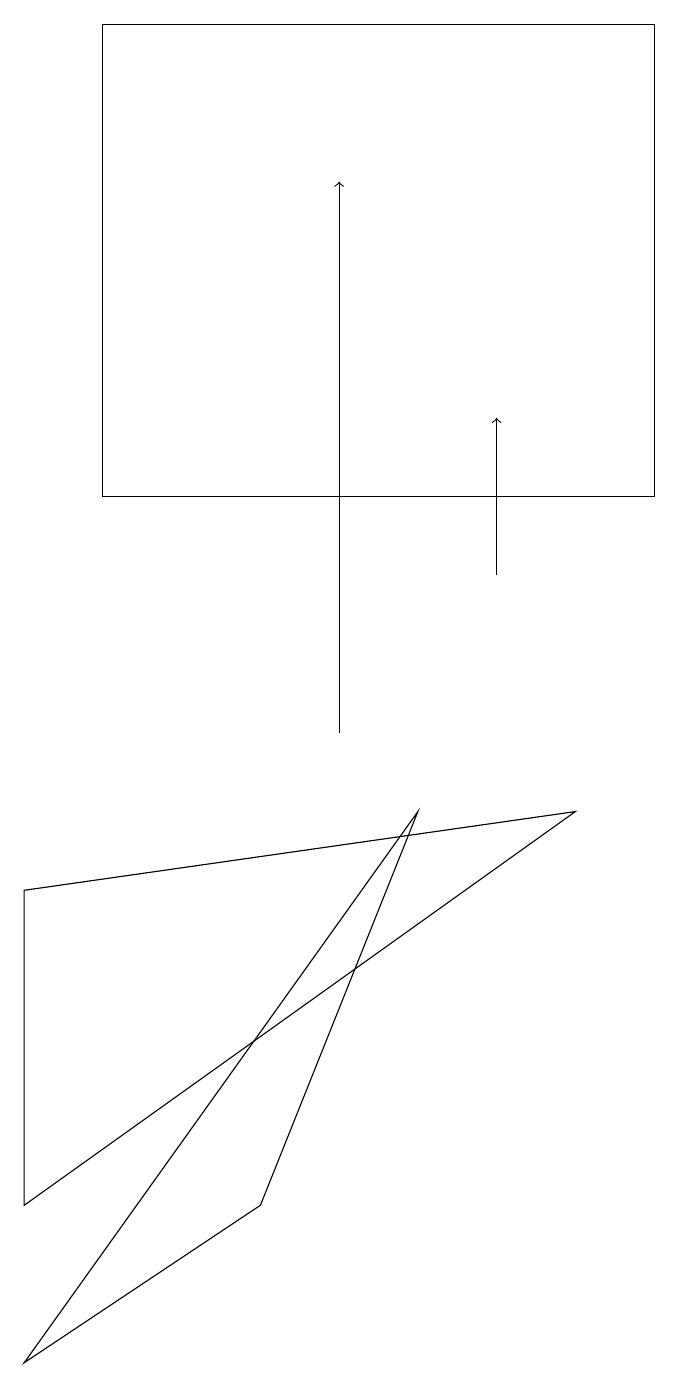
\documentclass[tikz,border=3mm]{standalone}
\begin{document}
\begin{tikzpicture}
\draw[->] (4,10) -- (4,17);
\draw[->] (6,12) -- (6,14);
\draw (0,8) -- (0,4) -- (7,9) -- cycle;
\draw (8,13) rectangle (1,19);
\draw (0,2) -- (3,4) -- (5,9) -- cycle;
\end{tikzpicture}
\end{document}